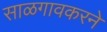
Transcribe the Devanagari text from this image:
साळगावकरने